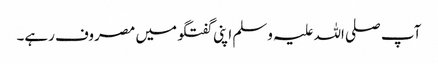
آپ صلی اللہ علیہ وسلم اپنی گفتگو میں مصروف رہے۔